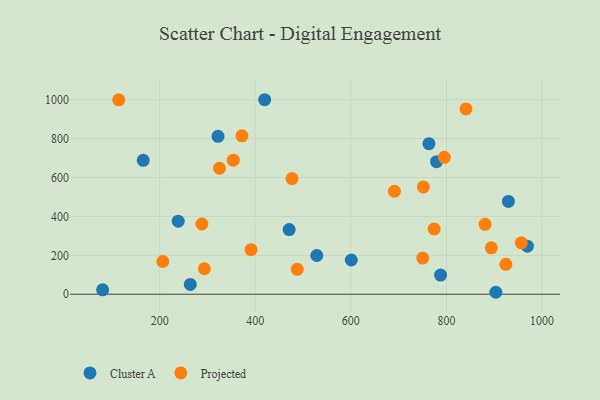
{"axis": {"x": "Engine Size", "y": "Rating"}, "legend": ["Cluster A", "Projected"], "data": [{"x": "264.1", "y": 50.3, "type": "Cluster A"}, {"x": "238.8", "y": 375.6, "type": "Cluster A"}, {"x": "779.4", "y": 681.5, "type": "Cluster A"}, {"x": "929.8", "y": 476.9, "type": "Cluster A"}, {"x": "419.7", "y": 999.7, "type": "Cluster A"}, {"x": "903.5", "y": 10.1, "type": "Cluster A"}, {"x": "787.8", "y": 98.4, "type": "Cluster A"}, {"x": "763.5", "y": 774.0, "type": "Cluster A"}, {"x": "80.6", "y": 22.8, "type": "Cluster A"}, {"x": "528.8", "y": 199.0, "type": "Cluster A"}, {"x": "471.0", "y": 332.1, "type": "Cluster A"}, {"x": "322.1", "y": 811.7, "type": "Cluster A"}, {"x": "165.6", "y": 688.1, "type": "Cluster A"}, {"x": "601.0", "y": 175.9, "type": "Cluster A"}, {"x": "969.5", "y": 247.2, "type": "Cluster A"}, {"x": "325.1", "y": 647.4, "type": "Projected"}, {"x": "206.6", "y": 168.3, "type": "Projected"}, {"x": "293.6", "y": 131.1, "type": "Projected"}, {"x": "372.2", "y": 814.4, "type": "Projected"}, {"x": "881.0", "y": 359.3, "type": "Projected"}, {"x": "795.7", "y": 703.5, "type": "Projected"}, {"x": "487.9", "y": 128.0, "type": "Projected"}, {"x": "477.0", "y": 594.6, "type": "Projected"}, {"x": "354.1", "y": 688.9, "type": "Projected"}, {"x": "956.8", "y": 264.5, "type": "Projected"}, {"x": "691.3", "y": 529.2, "type": "Projected"}, {"x": "391.2", "y": 229.1, "type": "Projected"}, {"x": "924.5", "y": 153.7, "type": "Projected"}, {"x": "750.5", "y": 185.8, "type": "Projected"}, {"x": "114.3", "y": 999.1, "type": "Projected"}, {"x": "751.8", "y": 551.5, "type": "Projected"}, {"x": "841.0", "y": 952.2, "type": "Projected"}, {"x": "774.4", "y": 335.2, "type": "Projected"}, {"x": "894.1", "y": 238.6, "type": "Projected"}, {"x": "288.3", "y": 361.1, "type": "Projected"}]}